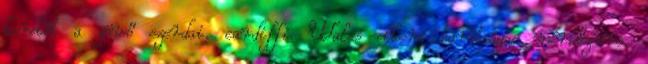
keretét a jövő szerdai, cardiffi Wales elleni barátságos mérkőzésre.